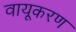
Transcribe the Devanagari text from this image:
वायूकरण